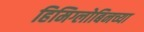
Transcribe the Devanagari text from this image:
हिमिग्लोबिनच्या